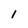
Character: I